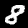
Label: 8